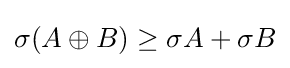
\sigma (A\oplus B)\geq \sigma A+\sigma B